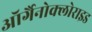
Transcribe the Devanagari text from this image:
ऑर्गैनोक्लोराइड